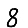
Digit: 8